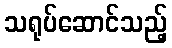
သရုပ်ဆောင်သည့်